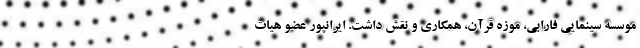
موسسه سینمایی فارابی، موزه قرآن، همکاری و نقش داشت. ایرانپور عضو هیات